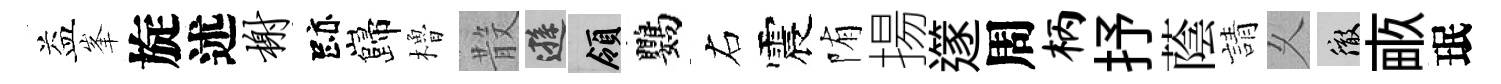
益峯旋述榭跡巋櫓𣪚遜領鸚右震陏揚𨗹周柄抒蔭請乆徹畞珉